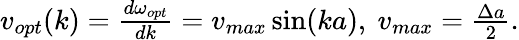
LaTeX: \begin{array}{r}{v_{opt}(k)=\frac{d\omega_{opt}}{dk}=v_{max}\sin(ka),~v_{max}=\frac{\Delta a}{2}.}\end{array}